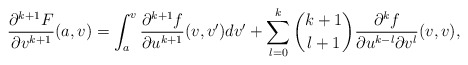
\begin{align*} \frac{\partial^{k+1}F}{\partial v^{k+1}}(a,v)=\int_a^v\frac{\partial^{k+1}f}{\partial u^{k+1}}(v,v')dv'+\sum_{l=0}^k\binom{k+1}{l+1}\frac{\partial^kf}{\partial u^{k-l}\partial v^l}(v,v),\end{align*}